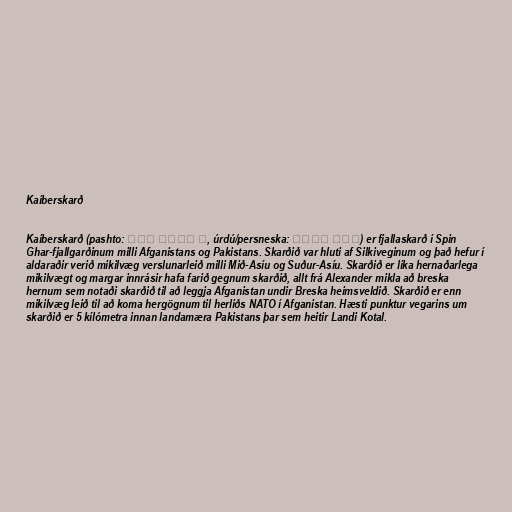
Kaíberskarð

Kaíberskarð (pashto: د خیبر درہ, úrdú/persneska: درۂ خیبر) er fjallaskarð í Spin
Ghar-fjallgarðinum milli Afganistans og Pakistans. Skarðið var hluti af Silkiveginum og það hefur í
aldaraðir verið mikilvæg verslunarleið milli Mið-Asíu og Suður-Asíu. Skarðið er líka hernaðarlega
mikilvægt og margar innrásir hafa farið gegnum skarðið, allt frá Alexander mikla að breska
hernum sem notaði skarðið til að leggja Afganistan undir Breska heimsveldið. Skarðið er enn
mikilvæg leið til að koma hergögnum til herliðs NATO í Afganistan. Hæsti punktur vegarins um
skarðið er 5 kílómetra innan landamæra Pakistans þar sem heitir Landi Kotal.